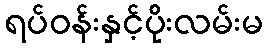
ရပ်ဝန်းနှင့်ပိုးလမ်းမ